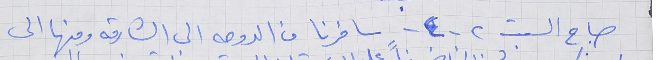
صباح السبت ٢ - ٤ - سافرنا من الدوحه الى الشارقه ومنها الى